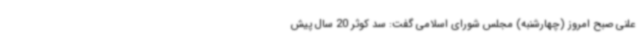
علنی صبح امروز (چهارشنبه) مجلس شورای اسلامی گفت: سد کوثر 20 سال پیش